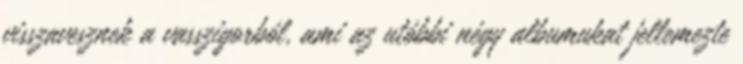
visszavesznek a vasszigorból, ami az utóbbi négy albumukat jellemezte